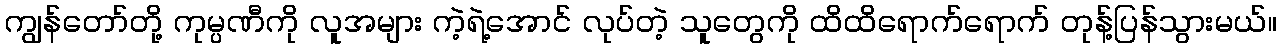
ကျွန်တော်တို့ ကုမ္ပဏီကို လူအများ ကဲ့ရဲ့အောင် လုပ်တဲ့ သူတွေကို ထိထိရောက်ရောက် တုန့်ပြန်သွားမယ်။